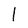
Character: 1